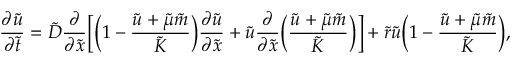
\frac { \partial \tilde { u } } { \partial \tilde { t } } = \tilde { D } \frac { \partial } { \partial \tilde { x } } \bigg [ \bigg ( 1 - \frac { \tilde { u } + \tilde { \mu } \tilde { m } } { \tilde { K } } \bigg ) \frac { \partial \tilde { u } } { \partial \tilde { x } } + \tilde { u } \frac { \partial } { \partial \tilde { x } } \bigg ( \frac { \tilde { u } + \tilde { \mu } \tilde { m } } { \tilde { K } } \bigg ) \bigg ] + \tilde { r } \tilde { u } \bigg ( 1 - \frac { \tilde { u } + \tilde { \mu } \tilde { m } } { \tilde { K } } \bigg ) ,